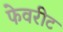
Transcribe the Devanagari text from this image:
फेवरीट